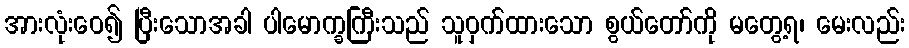
အားလုံးဝေ၍ ပြီးသောအခါ ပါမောက္ခကြီးသည် သူဝှက်ထားသော စွယ်တော်ကို မတွေ့ရ၊ မေးလည်း